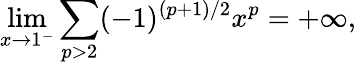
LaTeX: \operatorname*{lim}_{x\to 1^{-}}\sum_{p>2}(-1)^{(p+1)/2}x^{p}=+\infty,